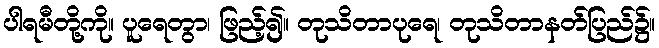
ပါရမီတို့ကို။ ပူရေတွာ၊ ဖြည့်၍။ တုသိတာပုရေ၊ တုသိတာနတ်ပြည်၌။